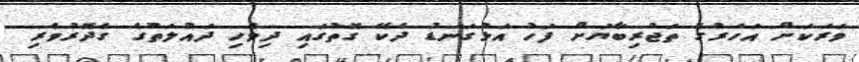
ވަރަކަށް އަހަރުގެ ތަޖުރިބާޔަށް ފަހު އަޅުގަނޑު ދެކޭ ގޮތުގައި ދިވެހި ދައުލަތުގެ ގެދޮރުވެރި